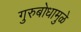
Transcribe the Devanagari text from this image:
गुरुबोधामुळे